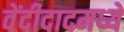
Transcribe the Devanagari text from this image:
वेंदीदादमध्यें